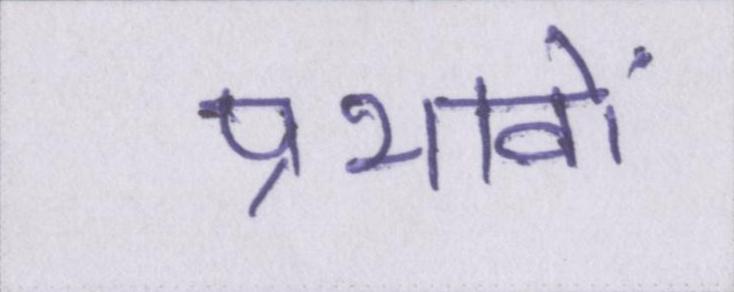
प्रभावों